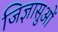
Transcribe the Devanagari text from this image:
जिज्ञासुओं